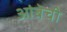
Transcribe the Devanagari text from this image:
आंबेची